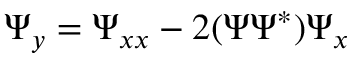
\Psi _ { y } = \Psi _ { x x } - 2 ( \Psi \Psi ^ { * } ) \Psi _ { x }